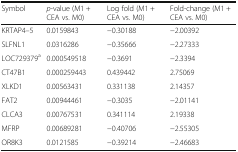
<table><thead><tr><td><b>Symbol</b></td><td><b><i>p</i>-value (M1 + CEA vs. M0)</b></td><td><b>Log fold (M1 + CEA vs. M0)</b></td><td><b>Fold-change (M1 + CEA vs. M0)</b></td></tr></thead><tbody><tr><td>KRTAP4–5</td><td>0.0159843</td><td>−0.30188</td><td>−2.00392</td></tr><tr><td>SLFNL1</td><td>0.0316286</td><td>−0.35666</td><td>−2.27333</td></tr><tr><td>LOC729379<sup>a</sup></td><td>0.000549518</td><td>−0.3691</td><td>−2.3394</td></tr><tr><td>CT47B1</td><td>0.000259443</td><td>0.439442</td><td>2.75069</td></tr><tr><td>XLKD1</td><td>0.00563431</td><td>0.331138</td><td>2.14357</td></tr><tr><td>FAT2</td><td>0.00944461</td><td>−0.3035</td><td>−2.01141</td></tr><tr><td>CLCA3</td><td>0.00767531</td><td>0.341114</td><td>2.19338</td></tr><tr><td>MFRP</td><td>0.00689281</td><td>−0.40706</td><td>−2.55305</td></tr><tr><td>OR8K3</td><td>0.0121585</td><td>−0.39214</td><td>−2.46683</td></tr></tbody></table>